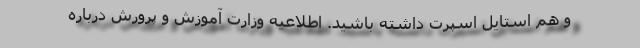
و هم استایل اسپرت داشته باشید. اطلاعیه وزارت آموزش و پرورش درباره